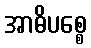
အာဓိပစ္စေ